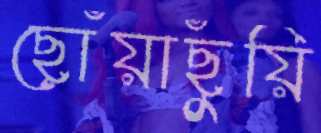
ছোঁয়াছুঁয়ি